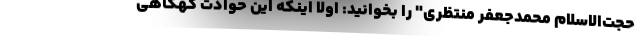
حجت‌الاسلام محمدجعفر منتظری" را بخوانید: اولاً اینکه این حوادث گهگاهی